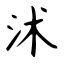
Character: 沭